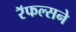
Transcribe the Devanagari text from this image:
रॅफल्सने